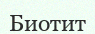
Биотит